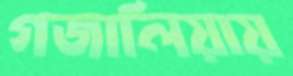
গজালিয়ায়